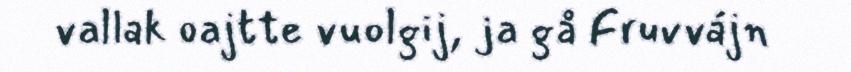
vallak oajtte vuolgij, ja gå Fruvvájn